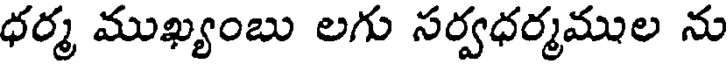
ధర్మ ముఖ్యంబు లగు సర్వధర్మముల ను